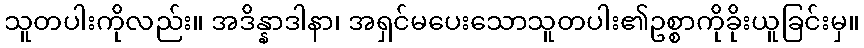
သူတပါးကိုလည်း။ အဒိန္နာဒါနာ၊ အရှင်မပေးသောသူတပါး၏ဥစ္စာကိုခိုးယူခြင်းမှ။